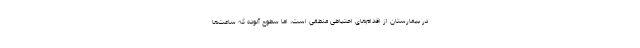
در بیمارستان از اقدام‌های احتیاطی منطقی است، اما سطوح آلوده که ساعت‌ها